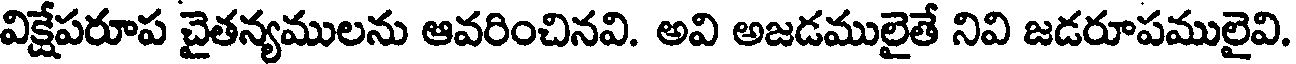
విక్షేపరూప చైతన్యములను ఆవరించినవి. అవి అజడములైతే నివి జడరూపములైవి.